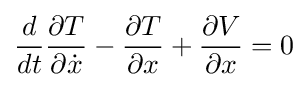
{\frac {d}{dt}}{\frac {\partial T}{\partial {\dot {x}}}}-{\frac {\partial T}{\partial x}}+{\frac {\partial V}{\partial x}}=0